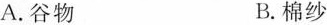
A.谷物 B.棉纱